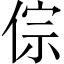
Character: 倧